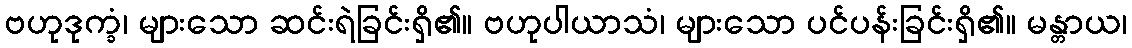
ဗဟုဒုက္ခံ၊ များသော ဆင်းရဲခြင်းရှိ၏။ ဗဟုပါယာသံ၊ များသော ပင်ပန်းခြင်းရှိ၏။ မန္တာယ၊